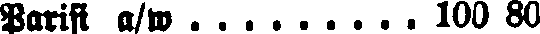
Parisi a/w . . . . . . . . . 100 80